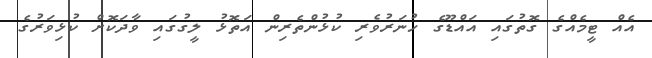
އެއް ޓީމެއްގެ ގޮތުގައި އައްޑޫގެ ހުނަރުވެރި ކުޅުންތެރިން އަތޮޅު ލީގުގައި ވާދަކޮށް ކުޅިވަރުގެ